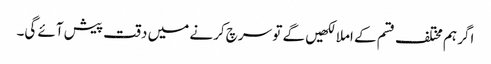
اگر ہم مختلف قسم کے املا لکھیں گے تو سرچ کرنے میں دقت پیش آئے گی۔